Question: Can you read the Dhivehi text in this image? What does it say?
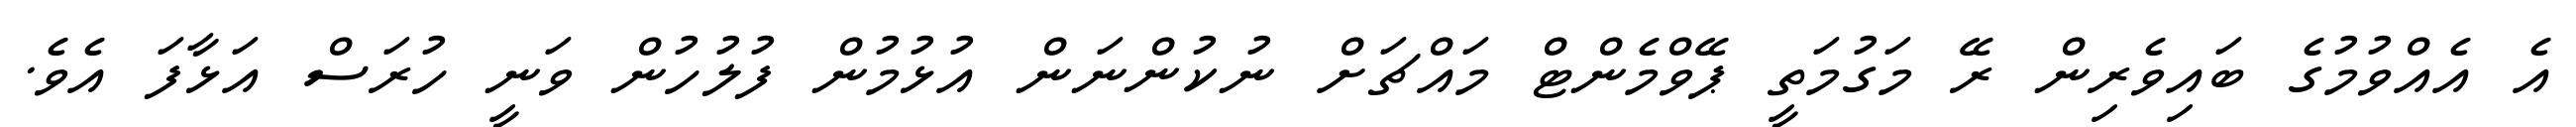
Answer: އެ އެއްވުމުގެ ބައިވެރިން ރޭ މަގުމަތީ ޕޭވްމެންޓް މައްޗަށް ނުކުންނަން އުޅުމުން ފުލުހުން ވަނީ ހުރަސް އަޅާފަ އެވެ.